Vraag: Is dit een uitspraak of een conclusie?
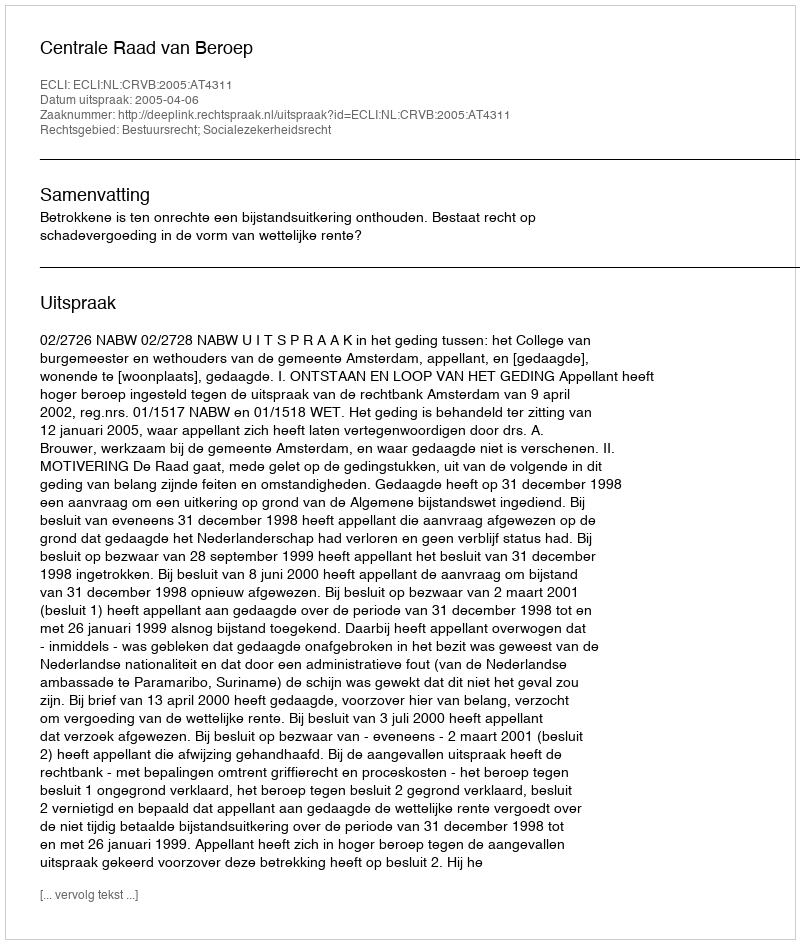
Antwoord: Uitspraak